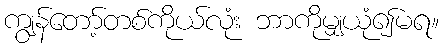
ကျွန်တော့်တစ်ကိုယ်လုံး ဘာကိုမျှယုံ၍မရ။